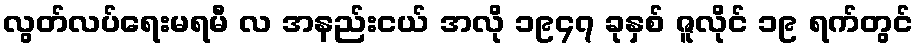
လွတ်လပ်ရေးမရမီ လ အနည်းငယ် အလို ၁၉၄၇ ခုနှစ် ဇူလိုင် ၁၉ ရက်တွင်